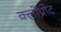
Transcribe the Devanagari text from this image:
क्लोंप्रोट